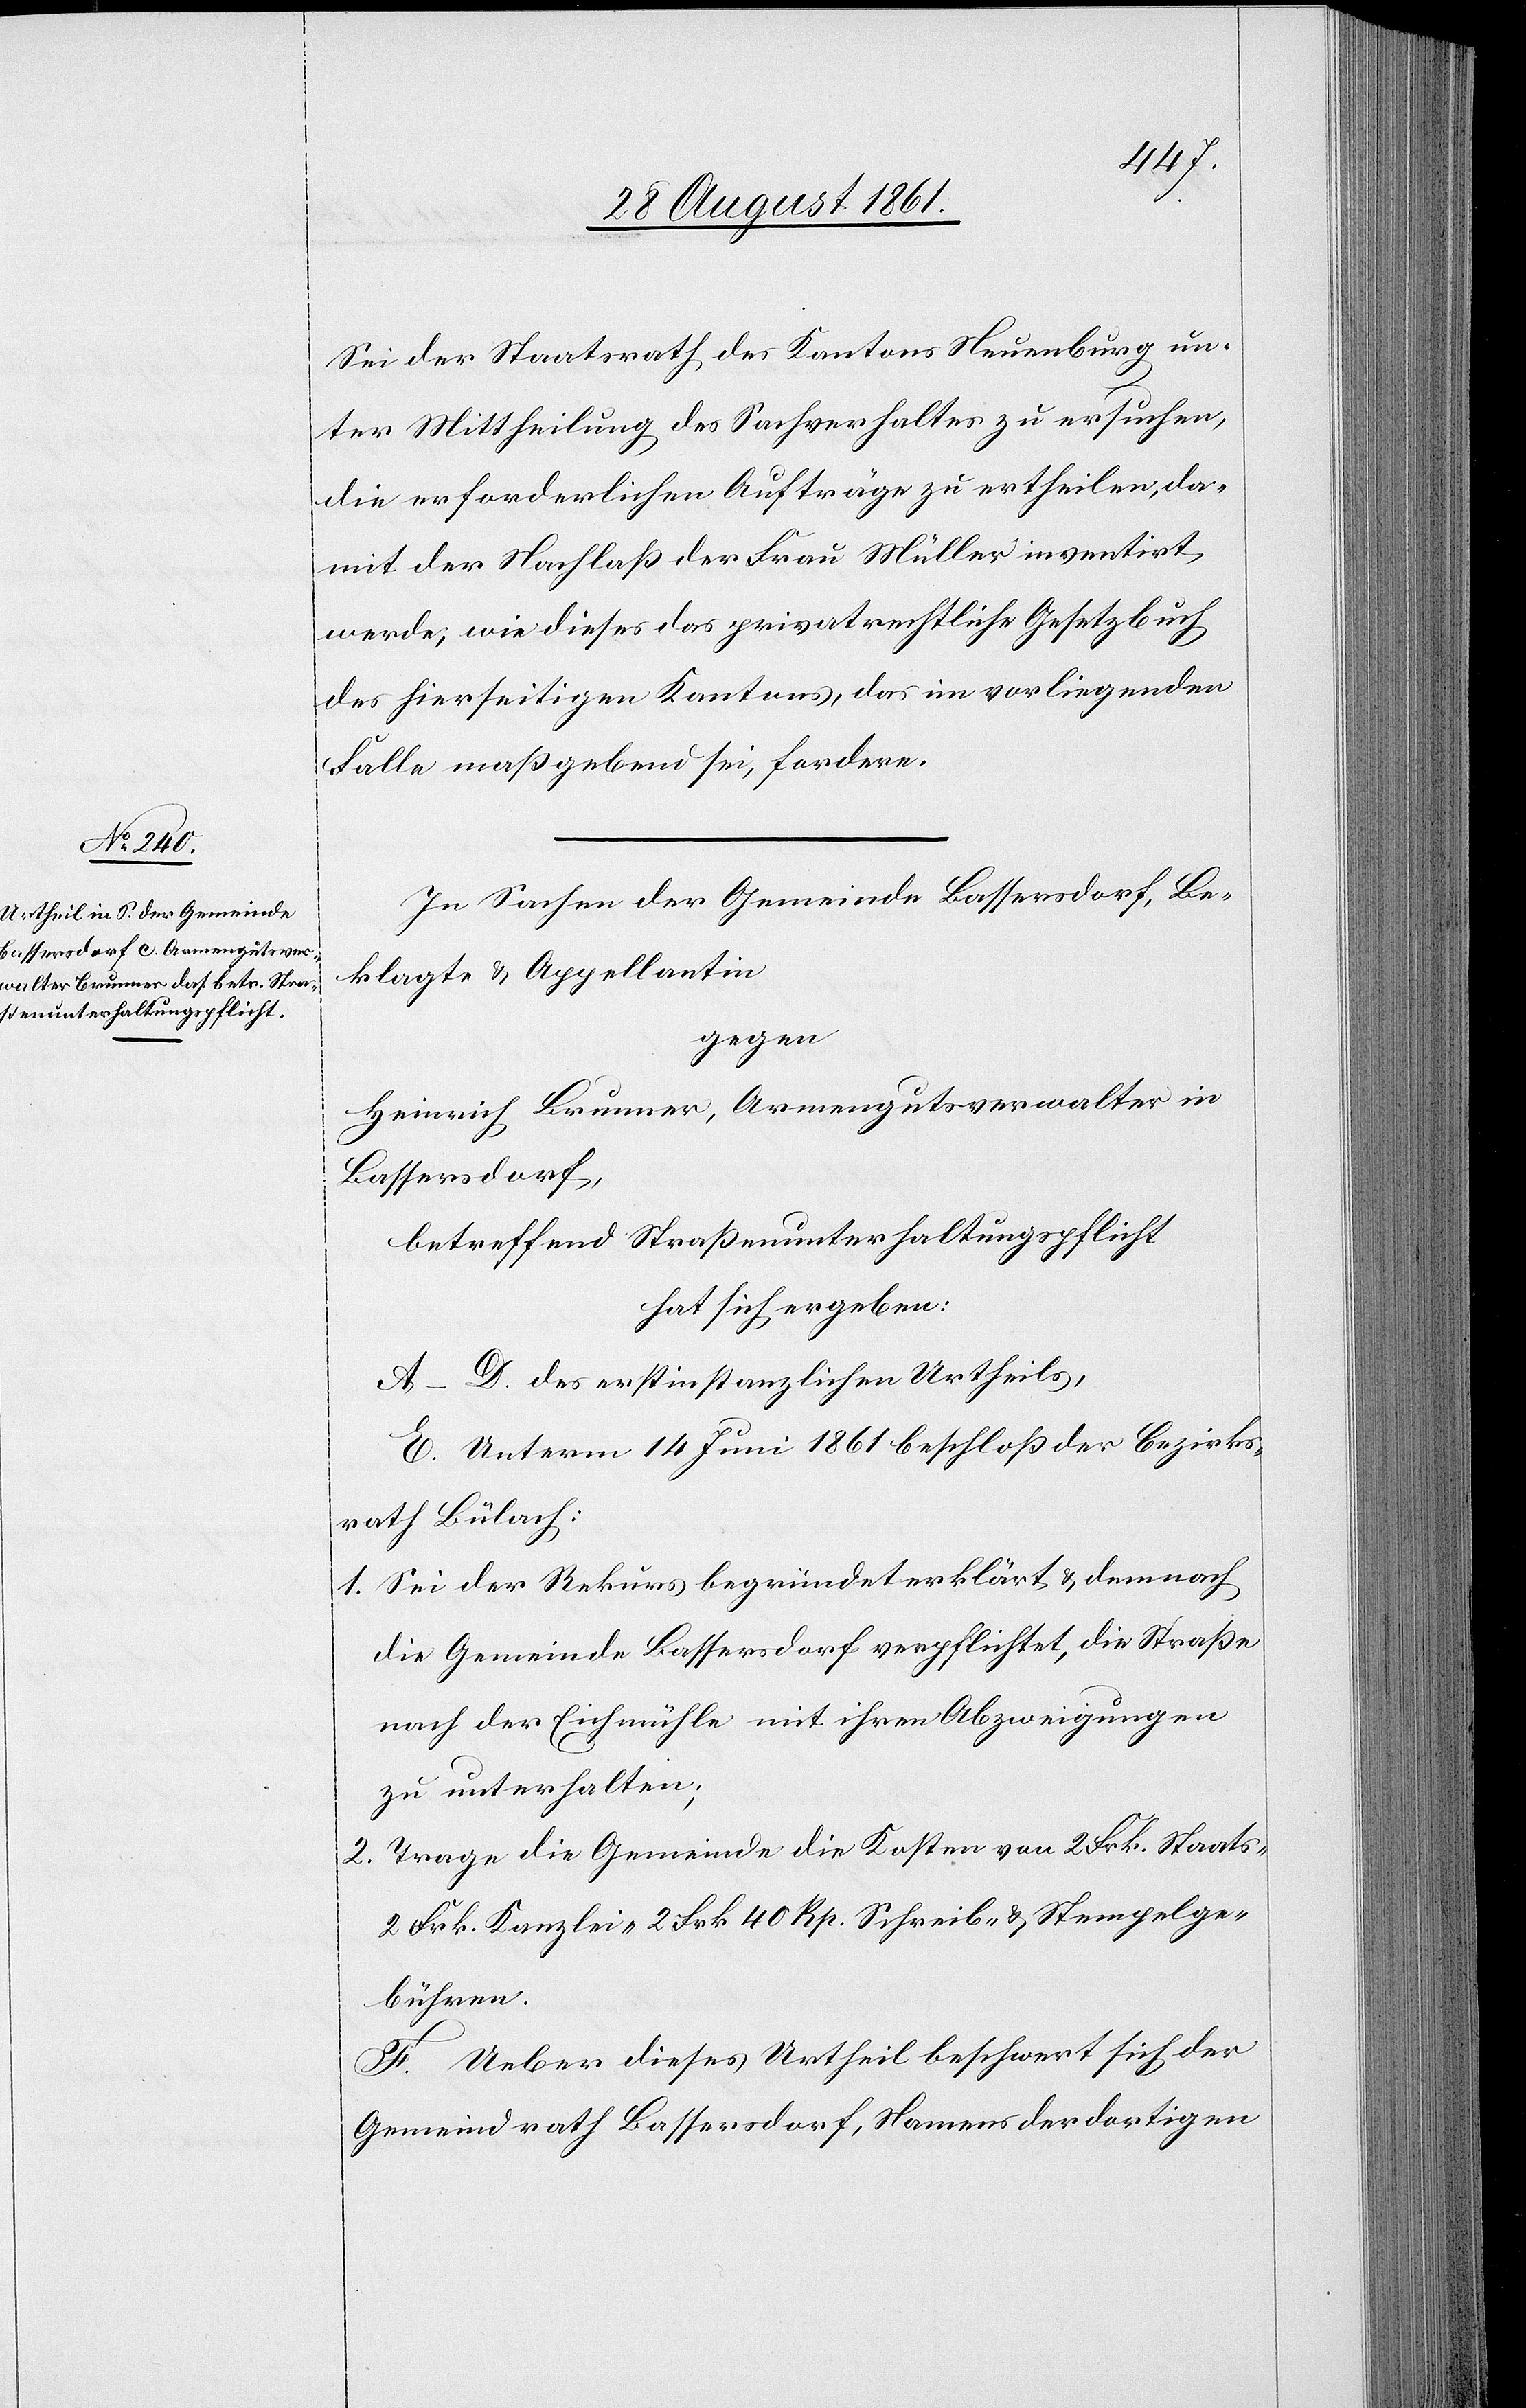
Sei der Staatsrath des Kantons Neuenburg un¬
ter Mittheilung des Sachverhaltes zu ersuchen,
die erforderlichen Aufträge zu ertheilen, da¬
mit der Nachlaß der Frau Müller inventirt
werde, wie dieses das privatrechtliche Gesetzbuch
des hierseitigen Kantons, das im vorliegenden
Falle maßgebend sei, fordere.
In Sachen der Gemeinde Bassersdorf, Be¬
klagte u. Appellantin
gegen
Heinrich Brunner, Armengutsverwalter in
Bassersdorf,
betreffend Straßenunterhaltspflicht
hat sich ergeben:
A–D. des erstinstanzlichen Urtheils,
E. Unterm 14 Juni 1861 beschloß der Bezirks¬
rath Bülach:
1. Sei der Rekurs begründet erklärt u. demnach
die Gemeinde Bassersdorf verpflichtet, die Straße
nach der Eichmühle mit ihren Abzweigungen
zu unterhalten;
2. Trage die Gemeinde die kosten von 2 Frk. Staats-
2 Frk. Kanzlei- 2 Frk. 40 Rp. Schreib- u. Stempelge¬
bühren.
F. Ueber dieses Urtheil beschwert sich der
Gemeindrath Bassersdorf, Namens der dortigen